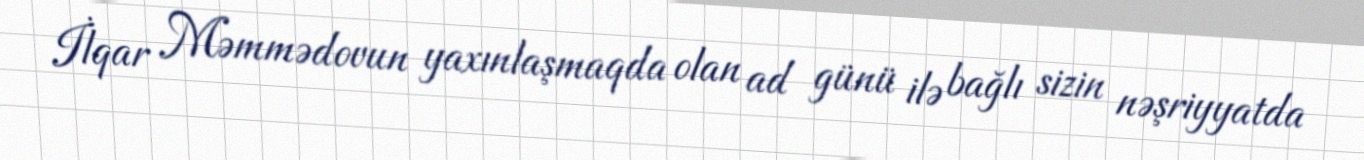
İlqar Məmmədovun yaxınlaşmaqda olan ad günü ilə bağlı sizin nəşriyyatda